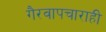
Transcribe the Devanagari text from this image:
गैरवापचाराही